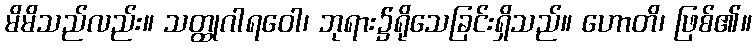
မိမိသည်လည်း။ သတ္ထုဂါရဝေါ၊ ဘုရား၌ရိုသေခြင်းရှိသည်။ ဟောတိ၊ ဖြစ်၏။